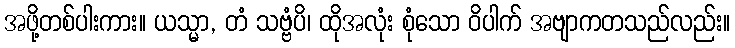
အဖို့တစ်ပါးကား။ ယသ္မာ, တံ သဗ္ဗံပိ၊ ထိုအလုံး စုံသော ဝိပါက် အဗျာကတသည်လည်း။